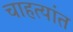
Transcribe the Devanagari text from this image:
चाहत्यांत